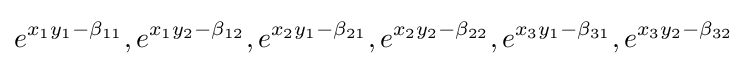
e^{x_{1}y_{1}-\beta _{11}},e^{x_{1}y_{2}-\beta _{12}},e^{x_{2}y_{1}-\beta _{21}},e^{x_{2}y_{2}-\beta _{22}},e^{x_{3}y_{1}-\beta _{31}},e^{x_{3}y_{2}-\beta _{32}}